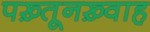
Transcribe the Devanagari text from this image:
पख़्तूनख़्वाह